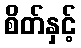
စိတ်နှင့်